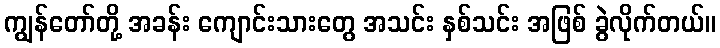
ကျွန်တော်တို့ အခန်း ကျောင်းသားတွေ အသင်း နှစ်သင်း အဖြစ် ခွဲလိုက်တယ်။